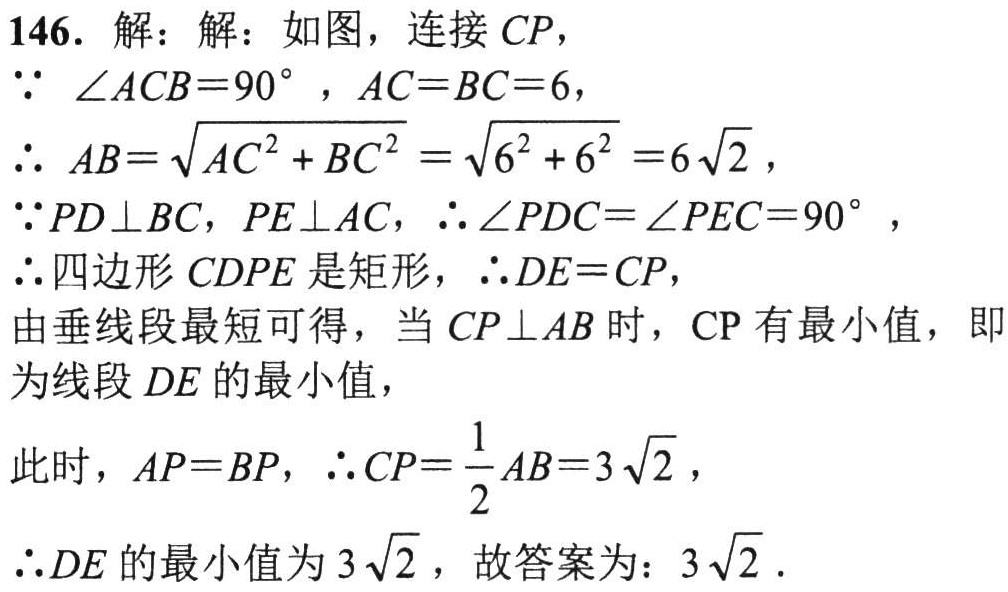
146. 解：

因为\(\angle ACB = 90^{\circ}\)，\(AC = BC = 6\)，

所以\(AB=\sqrt{AC^{2}+BC^{2}}=\sqrt{6^{2}+6^{2}} = 6\sqrt{2}\)，

因为\(PD\perp BC\)，\(PE\perp AC\)，所以\(\angle PDC=\angle PEC = 90^{\circ}\)，

所以四边形\(CDPE\)是矩形，所以\(DE = CP\)，

由垂线段最短可得，当\(CP\perp AB\)时，\(CP\)有最小值，即为线段\(DE\)的最小值，

此时，\(AP = BP\)，所以\(CP=\frac{1}{2}AB = 3\sqrt{2}\)，

所以\(DE\)的最小值为\(3\sqrt{2}\)，故答案为：\(3\sqrt{2}\)。